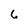
Character: 6